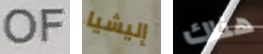
OF إليشيا هناك